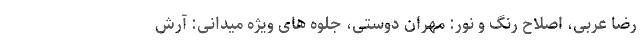
رضا عربی، اصلاح رنگ و نور: مهران دوستی، جلوه های ویژه میدانی: آرش